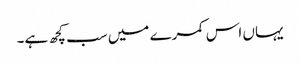
یہاں اس کمرے میں سب کچھ ہے۔